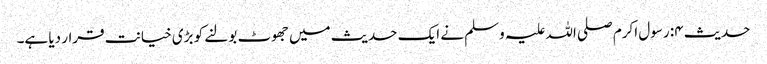
حدیث ۴: رسول اکرم صلی اللہ علیہ وسلم نے ایک حدیث میں جھوٹ بولنے کو بڑی خیانت قرار دیا ہے۔